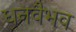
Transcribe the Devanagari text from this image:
धनवैभव